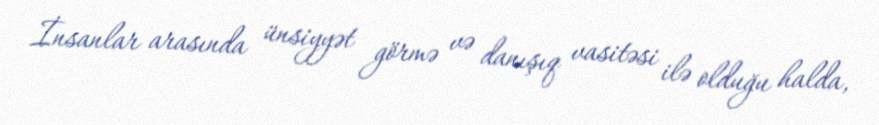
İnsanlar arasında ünsiyyət görmə və danışıq vasitəsi ilə olduğu halda,